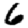
Digit: 6